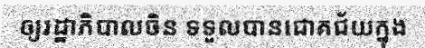
ឲ្យរដ្ឋាភិបាលចិន ទទួលបានជោគជ័យក្នុង